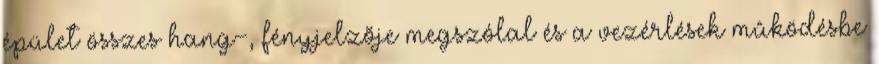
épület összes hang-, fényjelzõje megszólal és a vezérlések mûködésbe